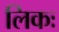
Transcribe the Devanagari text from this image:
लिकः